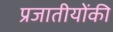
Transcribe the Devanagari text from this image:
प्रजातीयोंकी